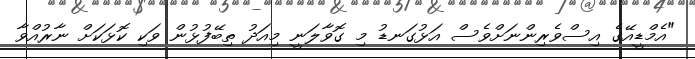
"އެމްޑީއޭގެ އިސްވެރިންނަށްވެސް އަޅުގަނޑު މި ގޮވާލަނީ މިއަދު ތިބޭފުޅުން ވަކި ކޮޅަކަށް ނާރުއްވާ